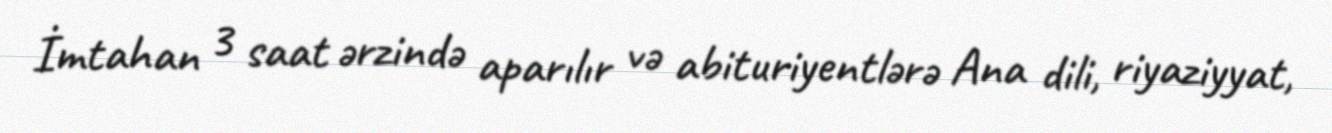
İmtahan 3 saat ərzində aparılır və abituriyentlərə Ana dili, riyaziyyat,